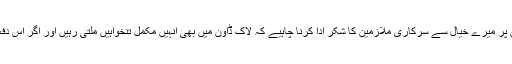
ایک اہم معاملہ سرکاری ملازمین کی تنخواہیں نہ بڑھانے کا ہے جس پر میرے خیال سے سرکاری ملازمین کا شکر ادا کرنا چاہیے کہ لاک ڈاؤن میں بھی انہیں مکمل تنخواہیں ملتی رہیں اور اگر اس دفعہ حکومت نے تنخواہیں نہیں بڑھائیں تو شور شرانا نہیں کرنا چاہیے۔